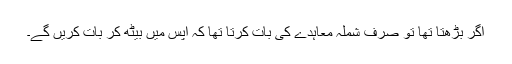
اگر بڑھتا تھا تو صرف شملہ معاہدے کی بات کرتا تھا کہ آپس میں بیٹھ کر بات کریں گے۔